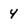
Character: 4